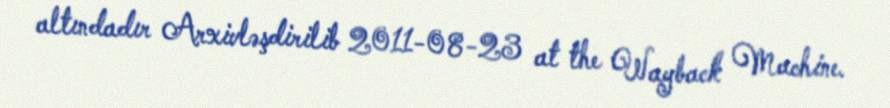
altındadır Arxivləşdirilib 2011-08-23 at the Wayback Machine.